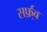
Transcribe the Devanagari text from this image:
सर्फ़्व